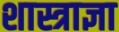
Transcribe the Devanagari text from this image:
शास्त्राज्ञा